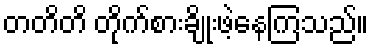
တတိတိ တိုက်စားချိုးဖဲ့နေကြသည်။